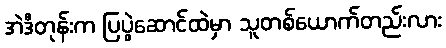
အဲဒီတုန်းက ပြပွဲဆောင်ထဲမှာ သူတစ်ယောက်တည်းလား